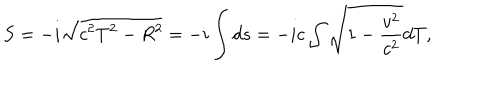
LaTeX: S = - i \sqrt { c ^ { 2 } T ^ { 2 } - R ^ { 2 } } = - i \int d s = - i c \int \sqrt { 1 - \frac { v ^ { 2 } } { c ^ { 2 } } } d T ,